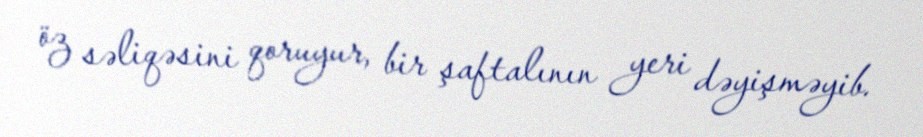
öz səliqəsini qoruyur, bir şaftalının yeri dəyişməyib.